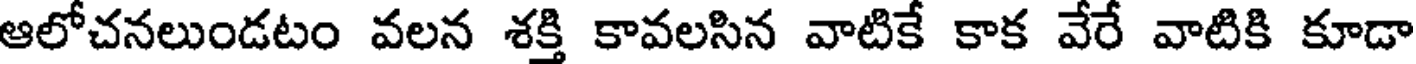
ఆలోచనలుండటం వలన శక్తి కావలసిన వాటికే కాక వేరే వాటికి కూడా